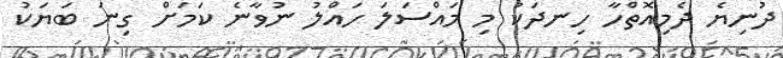
ދުނިޔެ ދެމިއޮތްހާ ހިނދަކު މި މައްސަލަ ހައްލު ނުވާނެ ކަމަށް ގިނަ ބަޔަކު